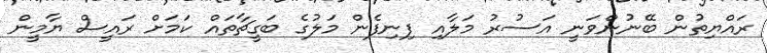
ރައްޔިތުން ބޭނުންވަނީ އަސުރު މަލާއި ފިނިފެން މަލުގެ ބަގީޗާތައް ކަމަށް ރައީސް ޔާމީން